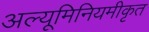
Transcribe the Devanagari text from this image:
अल्यूमिनियमीकृत